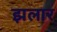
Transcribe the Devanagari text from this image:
झलार